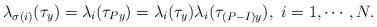
LaTeX: \begin{align*}\lambda_{\sigma(i)}(\tau_y)=\lambda_i(\tau_{Py})=\lambda_i(\tau_y)\lambda_i(\tau_{(P-I)y}), \ i=1,\cdots,N.\end{align*}